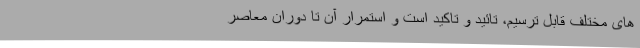
های مختلف قابل ترسيم، تائيد و تاكيد است و استمرار آن تا دوران معاصر